Treatise on elephants
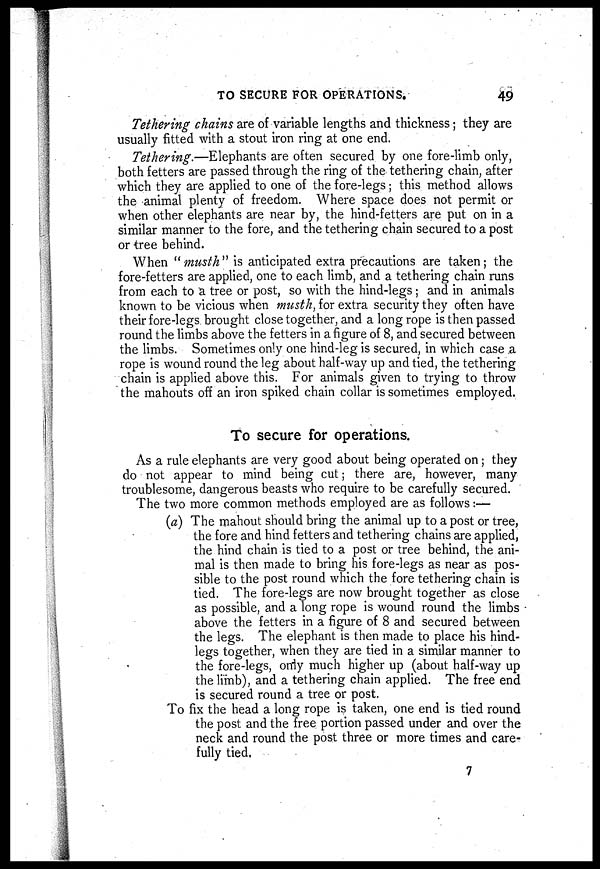
TO SECURE FOR OPERATIONS.
49
Tethering chains are of variable lengths and thickness; they are
usually fitted with a stout iron ring at one end.
Tethering.—Elephants are often secured by one fore-limb only,
both fetters are passed through the ring of the tethering chain, after
which they are applied to one of the fore-legs; this method allows
the animal plenty of freedom. Where space does not permit or
when other elephants are near by, the hind-fetters are put on in a
similar manner to the fore, and the tethering chain secured to a post
or tree behind.
When "musth" is anticipated extra precautions are taken; the
fore-fetters are applied, one to each limb, and a tethering chain runs
from each to a tree or post, so with the hind-legs ; and in animals
known to be vicious when musth, for extra security they often have
their fore-legs brought close together, and a long rope is then passed
round the limbs above the fetters in a figure of 8, and secured between
the limbs. Sometimes only one hind-leg is secured, in which case a
rope is wound round the leg about half-way up and tied, the tethering
chain is applied above this. For animals given to trying to throw
the mahouts off an iron spiked chain collar is sometimes employed.
To secure for operations.
As a rule elephants are very good about being operated on; they
do not appear to mind being cut; there are, however, many
troublesome, dangerous beasts who require to be carefully secured.
The two more common methods employed are as follows:—
(a) The mahout should bring the animal up to a post or tree,
the fore and hind fetters and tethering chains are applied,
the hind chain is tied to a post or tree behind, the ani-
mal is then made to bring his fore-legs as near as pos-
sible to the post round which the fore tethering chain is
tied. The fore-legs are now brought together as close
as possible, and a long rope is wound round the limbs
above the fetters in a figure of 8 and secured between
the legs. The elephant is then made to place his hind-
legs together, when they are tied in a similar manner to
the fore-legs, only much higher up (about half-way up
the limb), and a tethering chain applied. The free end
is secured round a tree or post.
To fix the head a long rope is taken, one end is tied round
the post and the free portion passed under and over the
neck and round the post three or more times and care-
fully tied.
7